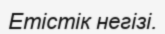
Етістік негізі.